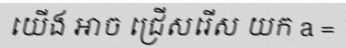
យើង អាច ជ្រើសរើស យក a =